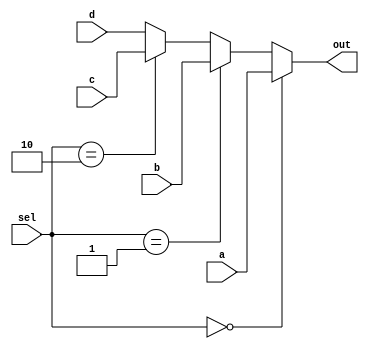
/*
 * Antonio Aguilar
 * Multiplexor 4 a 1 compartamental
*/

module mux4to1c(input a, b, c, d, input [1:0] sel, output reg out);
	always @(sel)
	begin
		if (sel == 0)
			out = a;
		else if (sel == 1)
			out = b;
		else if (sel == 2)
			out = c;
		else
			out = d;
	end

//	always @(sel)
//	begin
//		case(sel)
//			0: out = a;
//			1: out = b;
//			2: out = c;
//			3: out = d;
//		endcase
//	end
endmodule